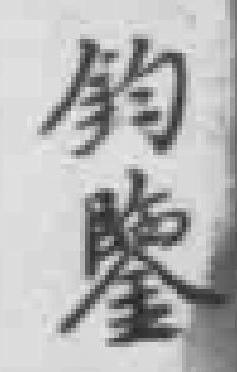
鈞鑒